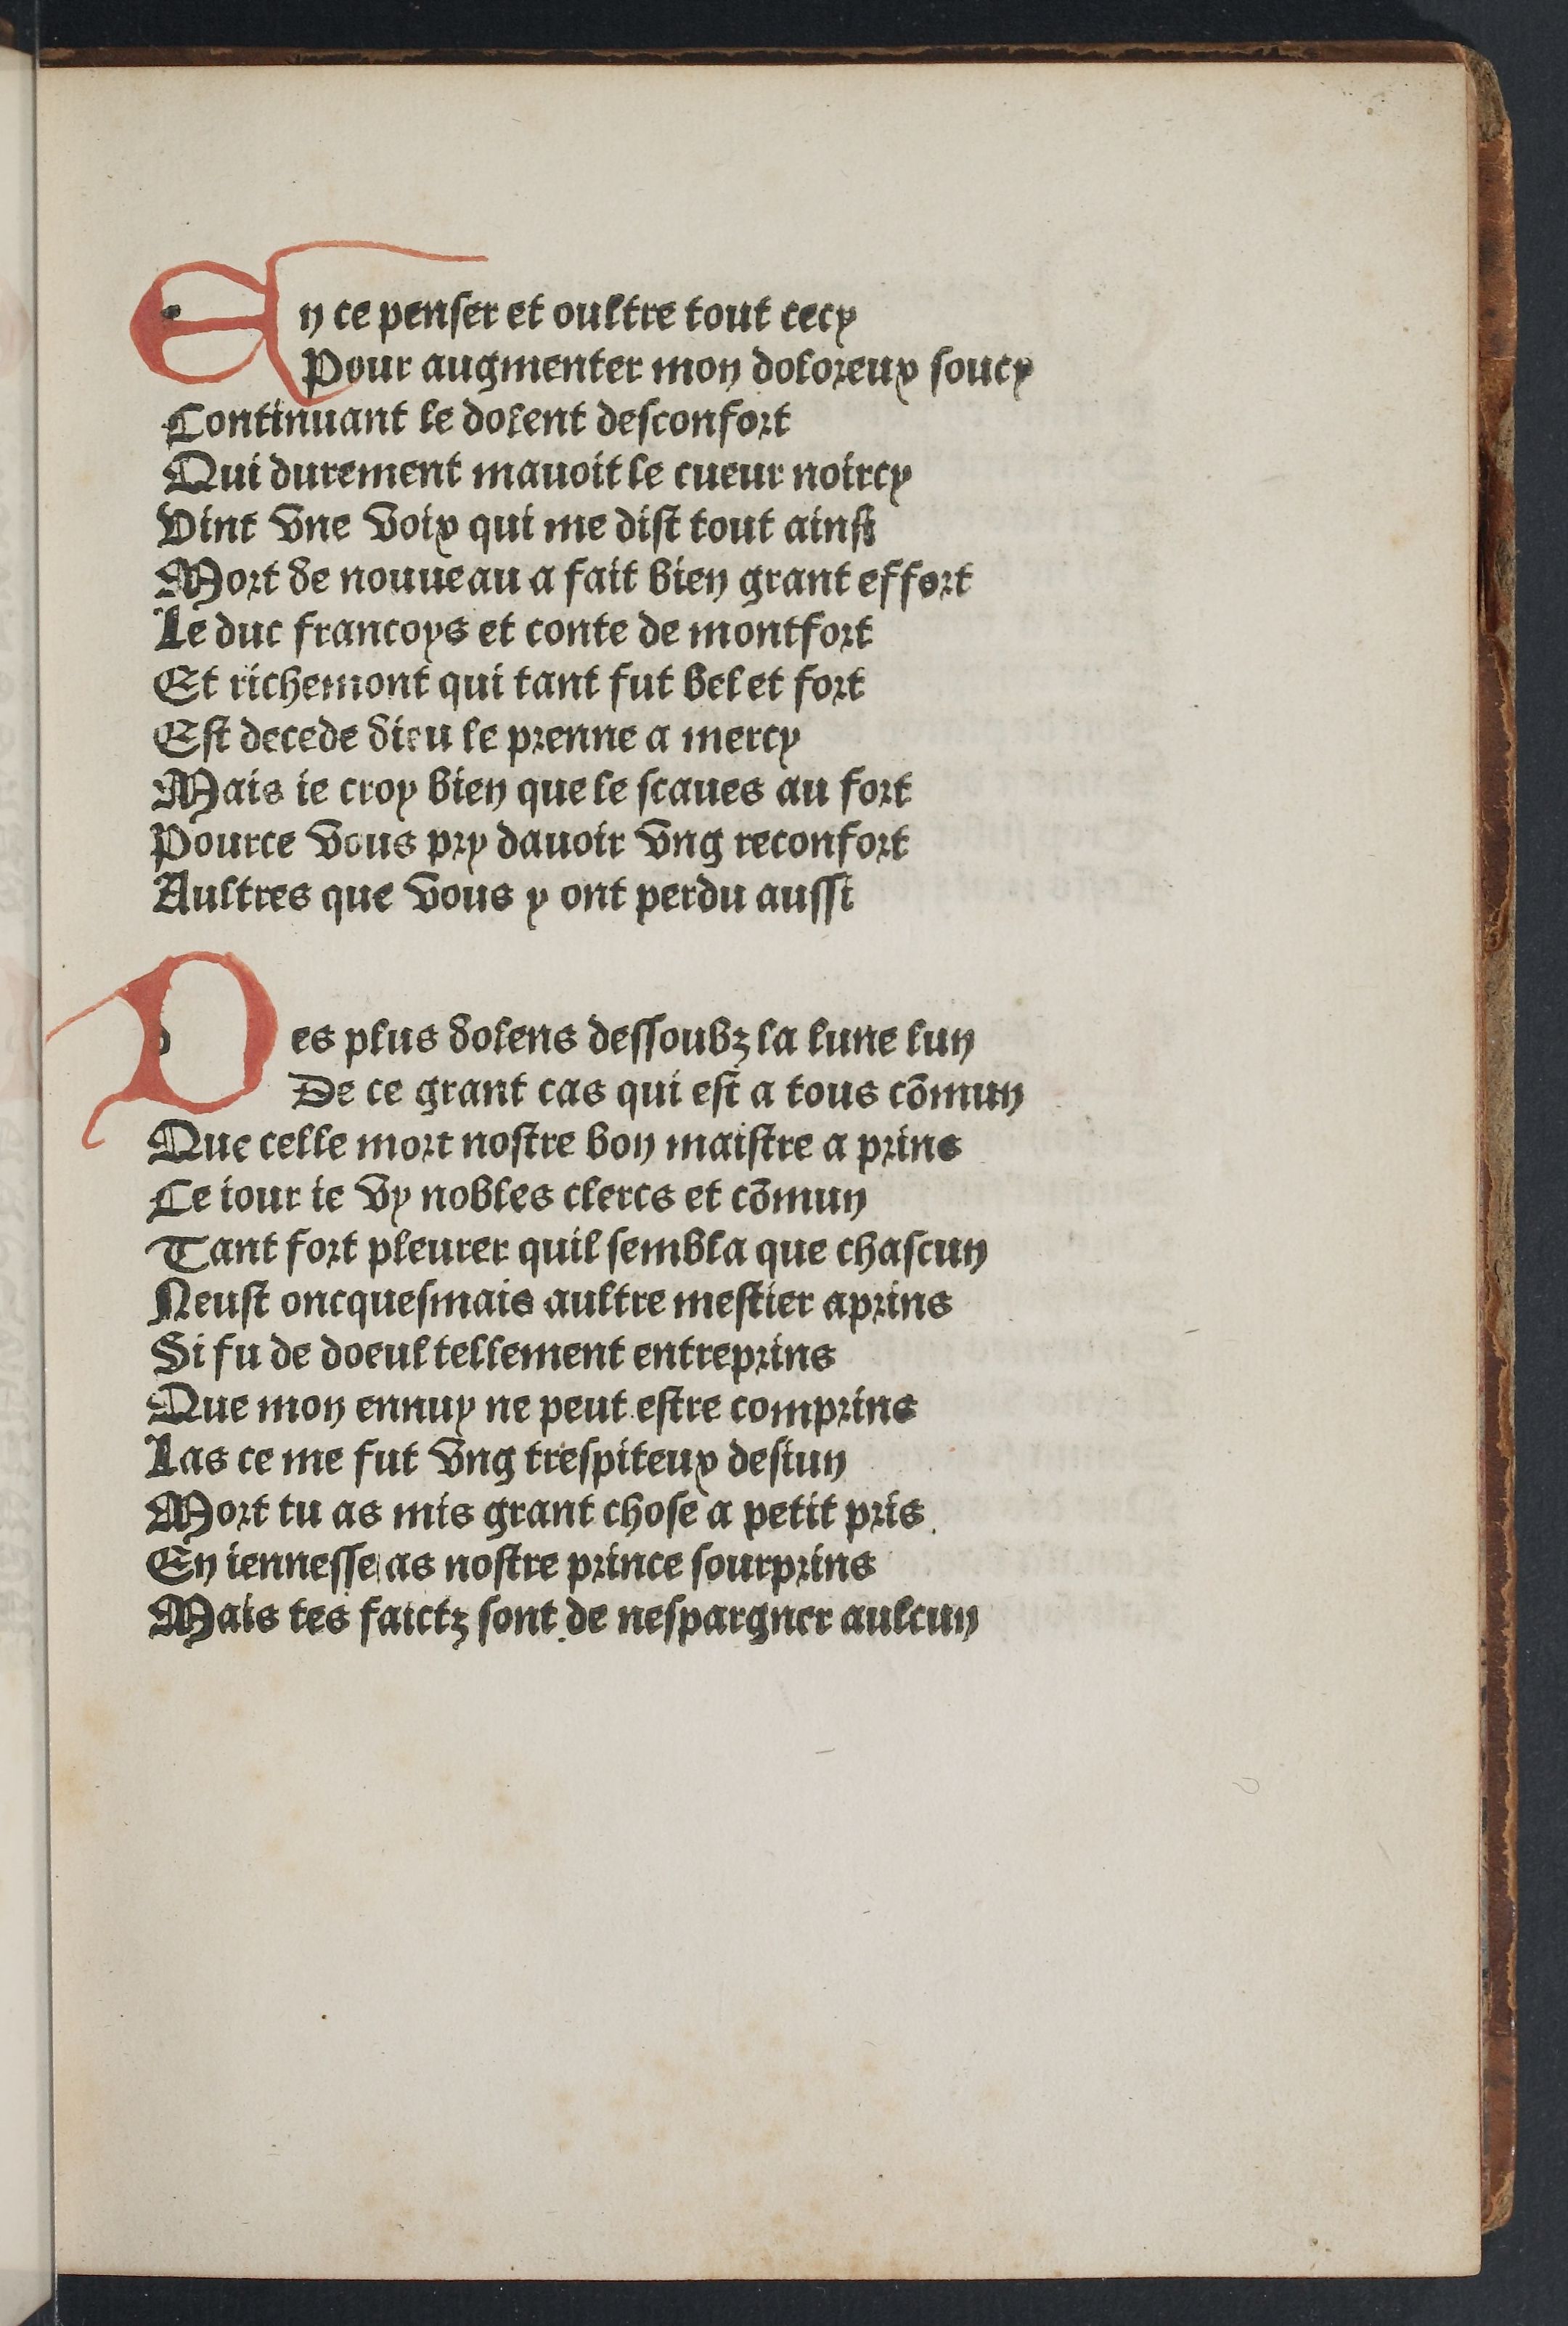
Shelfmark: Paris, BnF, Rés. YE-281
Century: 15